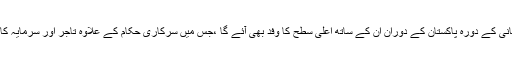
ایرانی صدر حسن روحانی کے دورہ پاکستان کے دوران ان کے ساتھ اعلیٰ سطح کا وفد بھی آئے گا ،جس میں سرکاری حکام کے علاوہ تاجر اور سرمایہ کار بھی شامل ہوں گے ۔